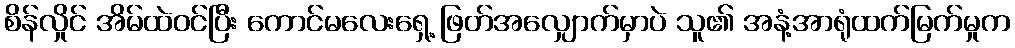
စိန်လှိုင် အိမ်ထဲဝင်ပြီး ကောင်မလေးရှေ့ ဖြတ်အလျှောက်မှာပဲ သူ၏ အနံ့အာရုံထက်မြက်မှုက